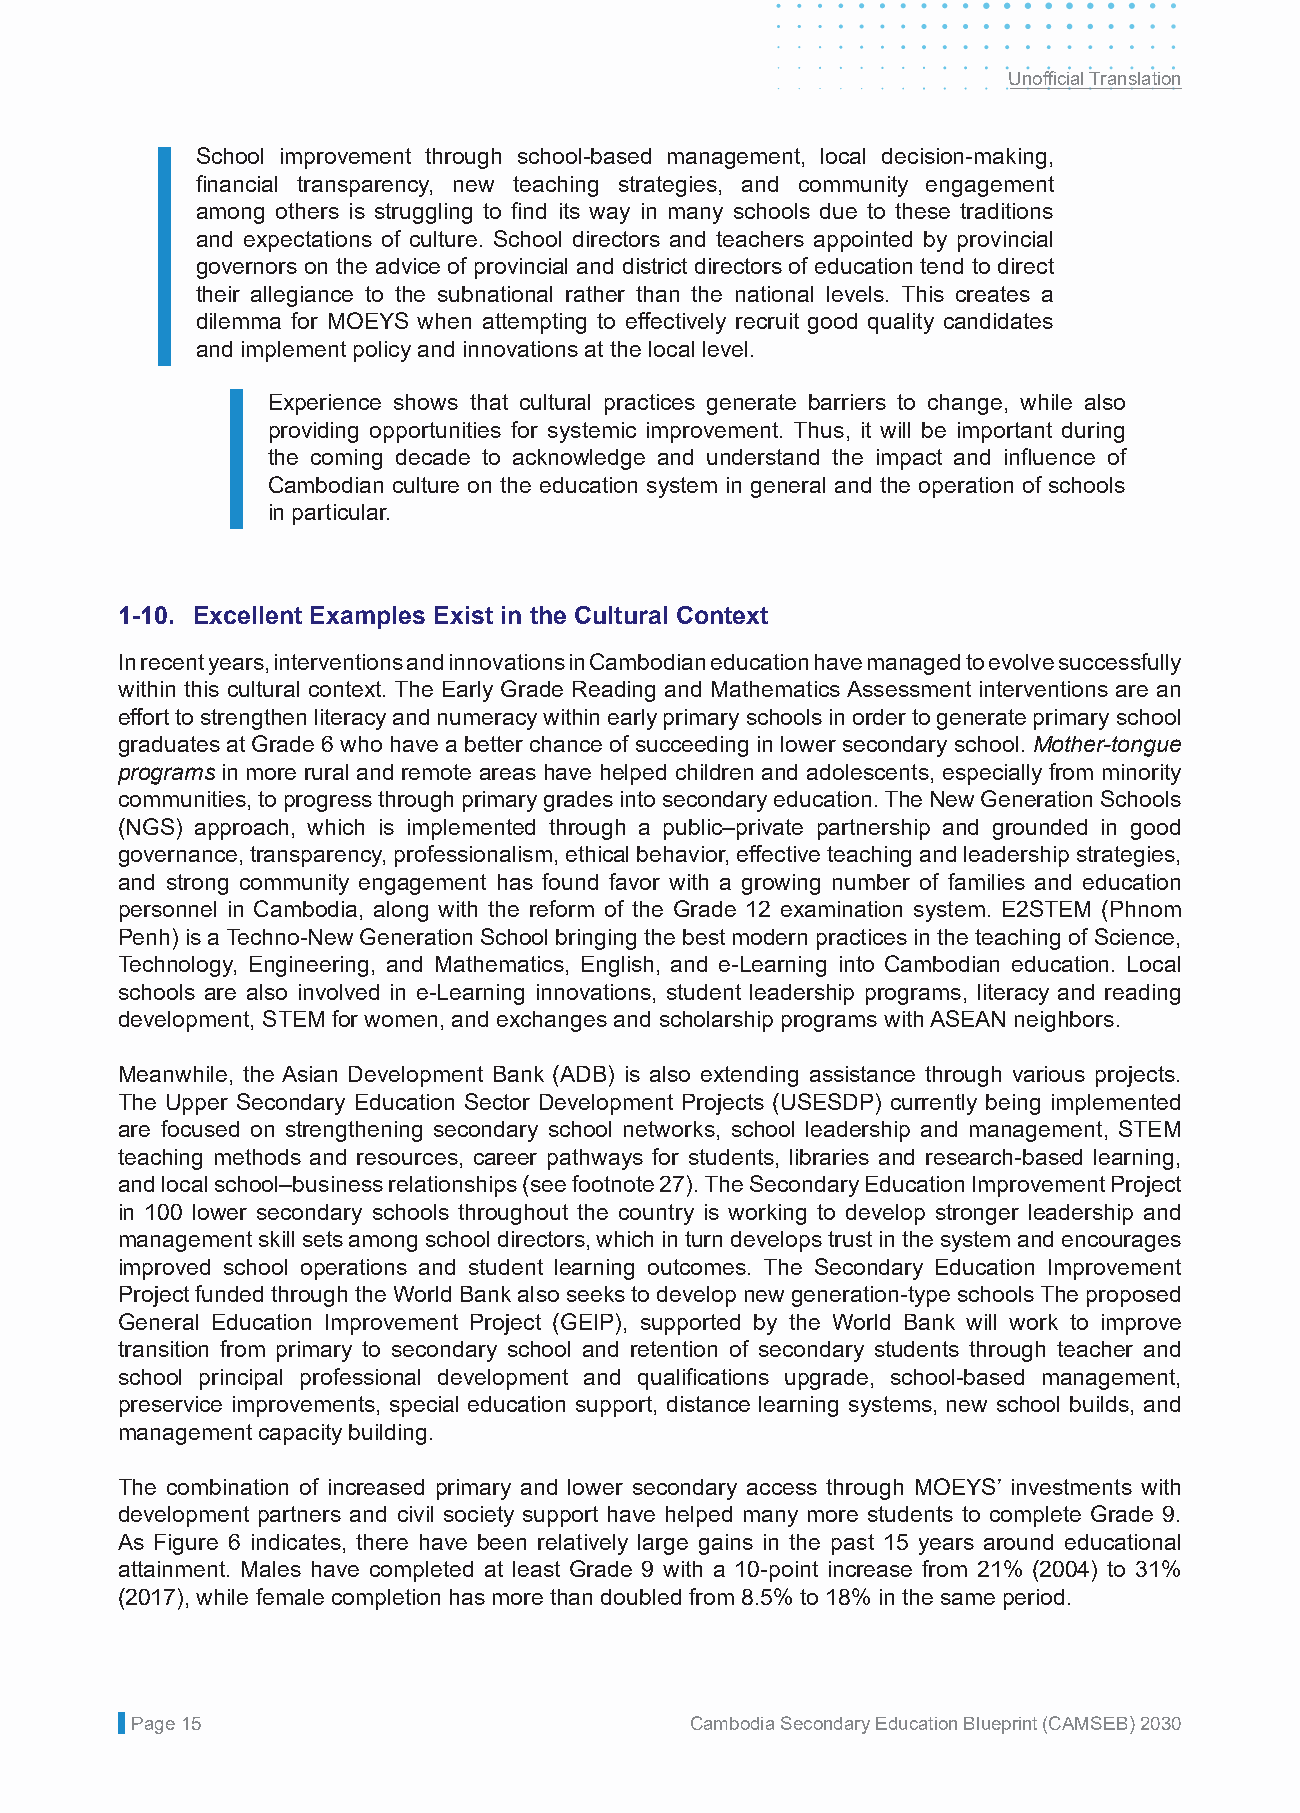
Unofficial Translation
 •  School improvement through school-based management, local decision-making,
 financial transparency, new teaching strategies, and community engagement
 among others is struggling to find its way in many schools due to these traditions
 and expectations of culture. School directors and teachers appointed by provincial
 governors on the advice of provincial and district directors of education tend to direct
 their allegiance to the subnational rather than the national levels. This creates a
 dilemma for MOEYS when attempting to effectively recruit good quality candidates
 and implement policy and innovations at the local level.
 •  Experience shows that cultural practices generate barriers to change, while also
 providing opportunities for systemic improvement. Thus, it will be important during
 the coming decade to acknowledge and understand the impact and influence of
 Cambodian culture on the education system in general and the operation of schools
 in particular.
 1-10. Excellent Examples Exist in the Cultural Context
 In recent years, interventions and innovations in Cambodian education have managed to evolve successfully
 within this cultural context. The Early Grade Reading and Mathematics Assessment interventions are an
 effort to strengthen literacy and numeracy within early primary schools in order to generate primary school
 graduates at Grade 6 who have a better chance of succeeding in lower secondary school. Mother-tongue
 programs in more rural and remote areas have helped children and adolescents, especially from minority
 communities, to progress through primary grades into secondary education. The New Generation Schools
 (NGS) approach, which is implemented through a public–private partnership and grounded in good
 governance, transparency, professionalism, ethical behavior, effective teaching and leadership strategies,
 and strong community engagement has found favor with a growing number of families and education
 personnel in Cambodia, along with the reform of the Grade 12 examination system. E2STEM (Phnom
 Penh) is a Techno-New Generation School bringing the best modern practices in the teaching of Science,
 Technology, Engineering, and Mathematics, English, and e-Learning into Cambodian education. Local
 schools are also involved in e-Learning innovations, student leadership programs, literacy and reading
 development, STEM for women, and exchanges and scholarship programs with ASEAN neighbors.
 Meanwhile, the Asian Development Bank (ADB) is also extending assistance through various projects.
 The Upper Secondary Education Sector Development Projects (USESDP) currently being implemented
 are focused on strengthening secondary school networks, school leadership and management, STEM
 teaching methods and resources, career pathways for students, libraries and research-based learning,
 and local school–business relationships (see footnote 27). The Secondary Education Improvement Project
 in 100 lower secondary schools throughout the country is working to develop stronger leadership and
 management skill sets among school directors, which in turn develops trust in the system and encourages
 improved school operations and student learning outcomes. The Secondary Education Improvement
 Project funded through the World Bank also seeks to develop new generation-type schools The proposed
 General Education Improvement Project (GEIP), supported by the World Bank will work to improve
 transition from primary to secondary school and retention of secondary students through teacher and
 school principal professional development and qualifications upgrade, school-based management,
 preservice improvements, special education support, distance learning systems, new school builds, and
 management capacity building.
 The combination of increased primary and lower secondary access through MOEYS’ investments with
 development partners and civil society support have helped many more students to complete Grade 9.
 As Figure 6 indicates, there have been relatively large gains in the past 15 years around educational
 attainment. Males have completed at least Grade 9 with a 10-point increase from 21% (2004) to 31%
 (2017), while female completion has more than doubled from 8.5% to 18% in the same period.
 Page 15                              Cambodia Secondary Education Blueprint (CAMSEB) 2030